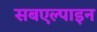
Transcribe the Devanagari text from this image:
सबएल्पाइन